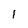
Character: 1